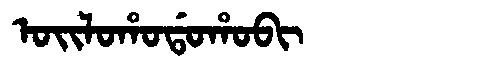
Manchu: ᠣᡳᠯᠣᡥᠣᡩᠣᡥᠣᠪᡳ
Romanization: OILOHODOHOBI